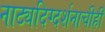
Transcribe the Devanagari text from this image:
नाट्यदिग्दर्शनाचीही